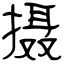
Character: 摄